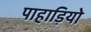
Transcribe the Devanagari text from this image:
पाहाड़ियो